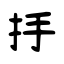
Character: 抙